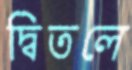
দ্বিতলে